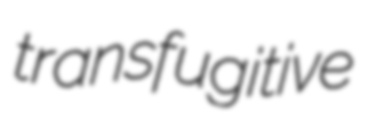
transfugitive